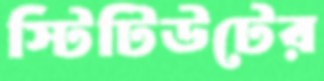
স্টিটিউটের